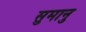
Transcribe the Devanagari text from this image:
सुमानु